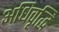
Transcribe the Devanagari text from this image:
अधिवृद्धि